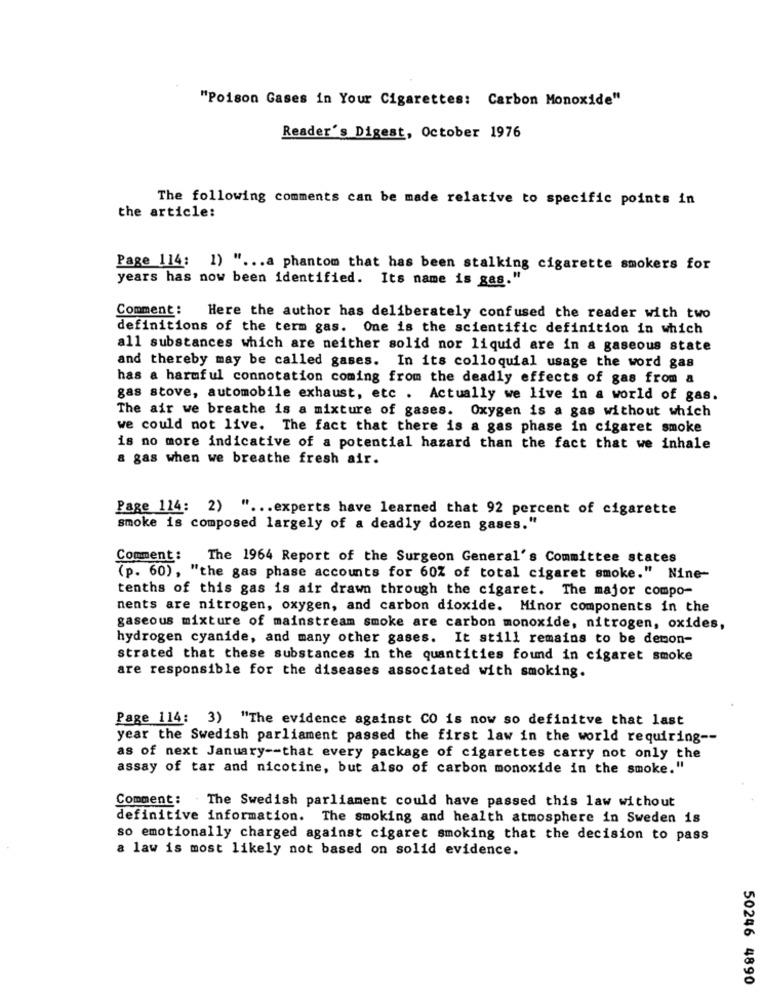
"Poison Gases in Your Cigarettes: Carbon Monoxide"
Reader's Digest, October 1976
The following comments can be made relative to specific points in
the article:
Page 114: 1) " ... a phantom that has been stalking cigarette smokers for
years has now been identified. Its name is gas."
Comment :
Here the author has deliberately confused the reader with two
definitions of the term gas. One is the scientific definition in which
all substances which are neither solid nor liquid are in a gaseous state
and thereby may be called gases. In its colloquial usage the word gas
has a harmful connotation coming from the deadly effects of gas from a
gas stove, automobile exhaust, etc . Actually we live in a world of gas.
The air we breathe is a mixture of gases. Oxygen is a gas without which
we could not live. The fact that there is a gas phase in cigaret smoke
is no more indicative of a potential hazard than the fact that we inhale
a gas when we breathe fresh air.
Page 114: 2) " ... experts have learned that 92 percent of cigarette
smoke is composed largely of a deadly dozen gases."
Comment :
The 1964 Report of the Surgeon General's Committee states
(p. 60), "the gas phase accounts for 60% of total cigaret smoke." Nine-
tenths of this gas is air drawn through the cigaret. The major compo-
nents are nitrogen, oxygen, and carbon dioxide. Minor components in the
gaseous mixture of mainstream smoke are carbon monoxide, nitrogen, oxides,
hydrogen cyanide, and many other gases. It still remains to be demon-
strated that these substances in the quantities found in cigaret smoke
are responsible for the diseases associated with smoking.
Page 114: 3) "The evidence against CO is now so definitve that last
year the Swedish parliament passed the first law in the world requiring --
as of next January -- that every package of cigarettes carry not only the
assay of tar and nicotine, but also of carbon monoxide in the smoke."
Comment :
The Swedish parliament could have passed this law without
definitive information. The smoking and health atmosphere in Sweden is
so emotionally charged against cigaret smoking that the decision to pass
a law is most likely not based on solid evidence.
50246 4890